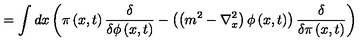
= \int d x \left( \pi \left( x , t \right) \frac { \delta } { \delta \phi \left( x , t \right) } - \left( \left( m ^ { 2 } - \nabla _ { x } ^ { 2 } \right) \phi \left( x , t \right) \right) \frac { \delta } { \delta \pi \left( x , t \right) } \right)